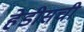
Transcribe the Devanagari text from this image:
हेडीसची